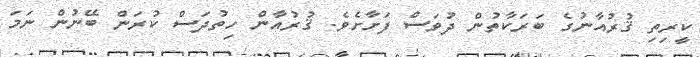
ކީރިތި ޤުރުއާނުގެ ބަރަކާތުން ދުވަސް ފަށާށެވެ. ޤުރުއާން ހިތުދަސް ކުރަން ބޭނުން ނަމަ